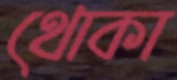
থোকা